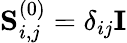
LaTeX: \mathbf{S}_{i,j}^{(0)}=\delta_{ij}\mathbf{I}